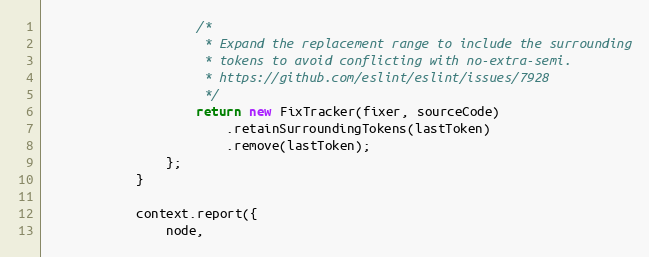
Language: JavaScript
                    /*
                     * Expand the replacement range to include the surrounding
                     * tokens to avoid conflicting with no-extra-semi.
                     * https://github.com/eslint/eslint/issues/7928
                     */
                    return new FixTracker(fixer, sourceCode)
                        .retainSurroundingTokens(lastToken)
                        .remove(lastToken);
                };
            }

            context.report({
                node,